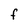
Character: F